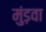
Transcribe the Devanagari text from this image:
मुंड़वा